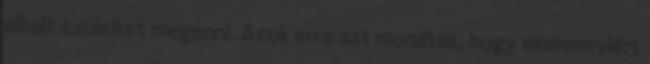
elhalt szüleiket megenni. Azok erre azt mondták, hogy semennyiért